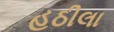
હઠીલા